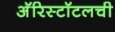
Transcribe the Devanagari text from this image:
अॅरिस्टॉटलची